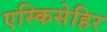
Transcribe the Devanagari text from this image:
एस्किसेहिर